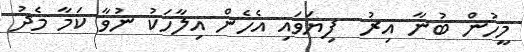
މީހުން ބުނާ އިރު  ފިޔަވައި އެހެން އިލާހަކު ނުވާ ކަމާ މެދު